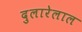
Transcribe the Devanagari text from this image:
दुलारेलाल